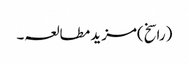
(راسخ)مزید مطالعہ۔